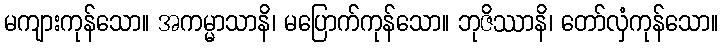
မကျားကုန်သော။ အကမ္မာသာနိ၊ မပြောက်ကုန်သော။ ဘုဇိဿာနိ၊ တော်လှံကုန်သော။